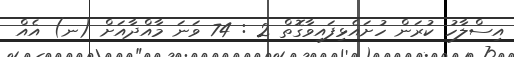
އިސްލާހު ކުރަން ހުށައެޅިފައިވާގޮތް 2 : 74 ވަނަ މާއްދާއަށް (ނ) އެއް